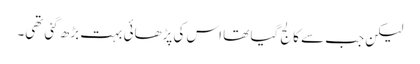
لیکن جب سے کالج گیا تھا اس کی پڑھائی بہت بڑھ گئی تھی۔